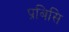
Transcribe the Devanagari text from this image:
प्रबिसि